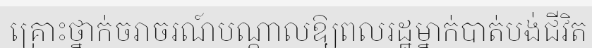
គ្រោះថ្នាក់ចរាចរណ៍បណ្តាលឱ្យពលរដ្ឋម្នាក់បាត់បង់ជីវិត